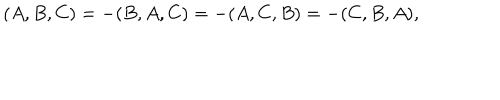
( A , B , C ) = - ( B , A , C ) = - ( A , C , B ) = - ( C , B , A ) ,